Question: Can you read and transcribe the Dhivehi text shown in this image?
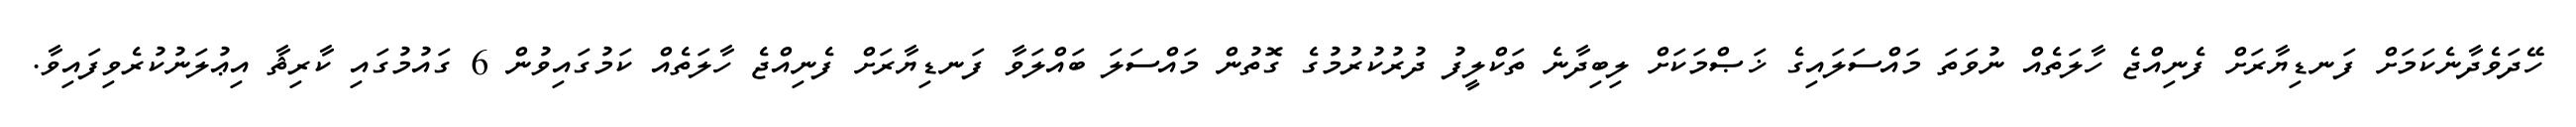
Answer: ހޭދަވެދާނެކަމަށް ފަނޑިޔާރަށް ފެނިއްޖެ ހާލަތެއް ނުވަތަ މައްސަލައިގެ ޚަޞްމަކަށް ލިބިދާނެ ތަކްލީފު ދުރުކުރުމުގެ ގޮތުން މައްސަލަ ބައްލަވާ ފަނޑިޔާރަށް ފެނިއްޖެ ހާލަތެއް ކަމުގައިވުން 6 ގައުމުގައި ކާރިޘާ އިޢުލަނުކުރެވިފައިވާ.